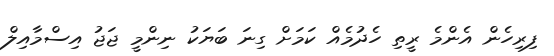
ފިރިހެން އެންމެ ރީތި ހެދުމެއް ކަމަށް ގިނަ ބަޔަކު ނިންމީ ޖަޖު އިސްމާއިލް